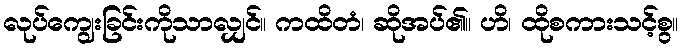
လုပ်ကျွေးခြင်းကိုသာလျှင်။ ကထိတံ၊ ဆိုအပ်၏။ ဟိ၊ ထိုစကားသင့်စွ။